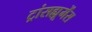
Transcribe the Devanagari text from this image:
ट्रांसह्यूमेंस